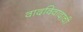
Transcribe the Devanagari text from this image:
वादविवादाची